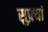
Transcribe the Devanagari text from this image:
सुफ़्यां